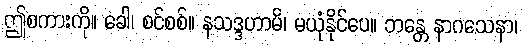
ဤစကားကို။ ခေါ၊ စင်စစ်။ နသဒ္ဒဟာမိ၊ မယုံနိုင်ပေ။ ဘန္တေ နာဂသေနာ၊